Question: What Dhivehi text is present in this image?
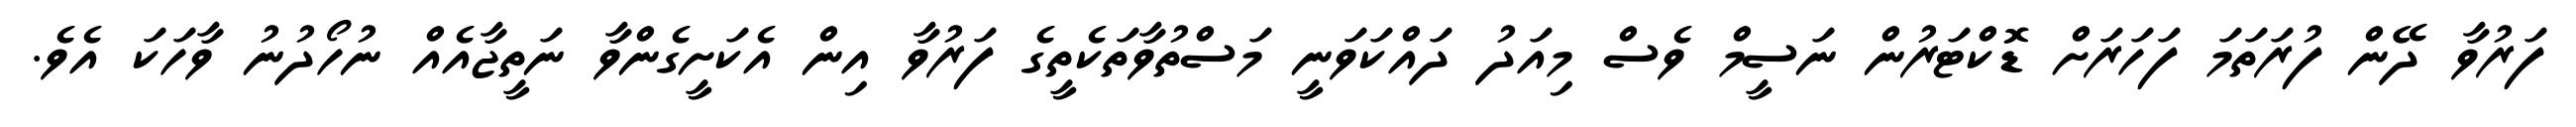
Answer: ފަރުވާ ދޭން ފުރަތަމަ ފަހަރަށް ޑޮކްޓަރުން ނަސީމް ވެސް މިއަދު ދައްކަވަނީ މަސްތުވާތަކެތީގެ ފަރުވާ އިން އެކަށީގެންވާ ނަތީޖާއެއް ނުހޯދުނު ވާހަކަ އެވެ.